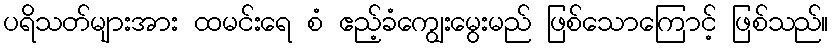
ပရိသတ်များအား ထမင်းရေ စံ ဧည့်ခံကျွေးမွေးမည် ဖြစ်သောကြောင့် ဖြစ်သည်။